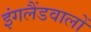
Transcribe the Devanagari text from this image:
इंगलैंडवालों